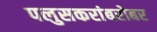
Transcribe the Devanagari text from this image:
पलुसकरांबरोबर